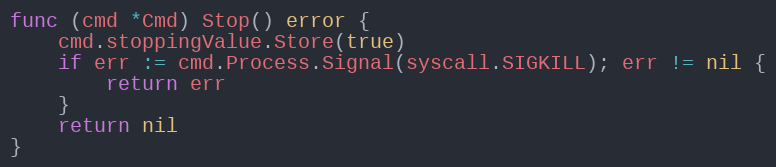
Language: Go
func (cmd *Cmd) Stop() error {
	cmd.stoppingValue.Store(true)
	if err := cmd.Process.Signal(syscall.SIGKILL); err != nil {
		return err
	}
	return nil
}